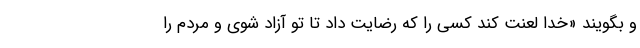
و بگویند «خدا لعنت کند کسی را که رضایت داد تا تو آزاد شوی و مردم را